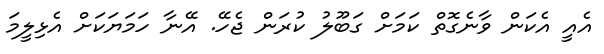
އެއީ އެކަން ވާނެގޮތް ކަމަށް ގަބޫލު ކުރަން ޖެހޭ. އޭނާ ހަމަޔަކަށް އެޅިލީމަ